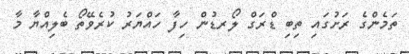
ތަމެންގެ ރަށުގައި ތިބި ޑްރަގް ލޯރޑުން ހިފާ ހައްޔަރު ކުރެވޭތޯ ބެލިއްޔާ މާ